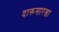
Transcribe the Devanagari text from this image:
दारूसारखा